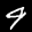
Label: 9